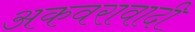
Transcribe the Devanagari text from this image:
अकवरावादी